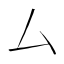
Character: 厶